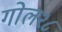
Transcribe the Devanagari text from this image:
गोल२८